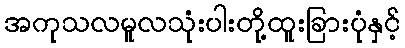
အကုသလမူလသုံးပါးတို့ထူးခြားပုံနှင့်